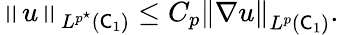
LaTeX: \begin{array}{r}{\left\lVert u\right\rVert_{L^{p^{\star}}(\mathsf C_{1})}\le C_{p}\left\lVert\nabla u\right\rVert_{L^{p}(\mathsf C_{1})}.}\end{array}